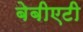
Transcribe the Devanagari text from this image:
बेबीएटी